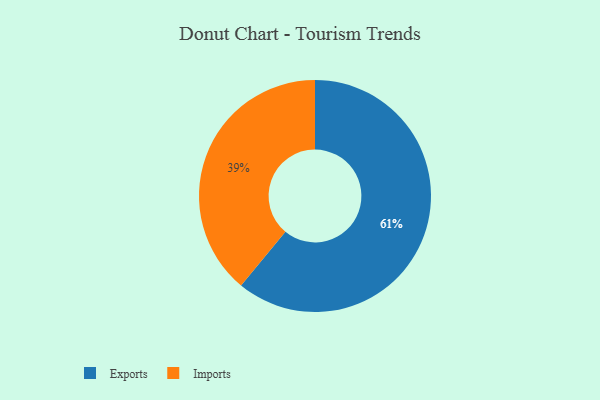
{"axis": {"x": "Category", "y": "Percentage"}, "legend": ["Exports", "Imports"], "data": [{"x": "Exports", "y": 61, "type": "Exports"}, {"x": "Imports", "y": 39, "type": "Imports"}]}